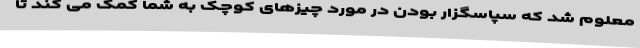
معلوم شد که سپاسگزار بودن در مورد چیزهای کوچک به شما کمک می کند تا